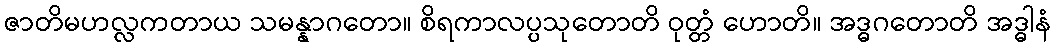
ဇာတိမဟလ္လကတာယ သမန္နာဂတော။ စိရကာလပ္ပသုတောတိ ဝုတ္တံ ဟောတိ။ အဒ္ဓဂတောတိ အဒ္ဓါနံ